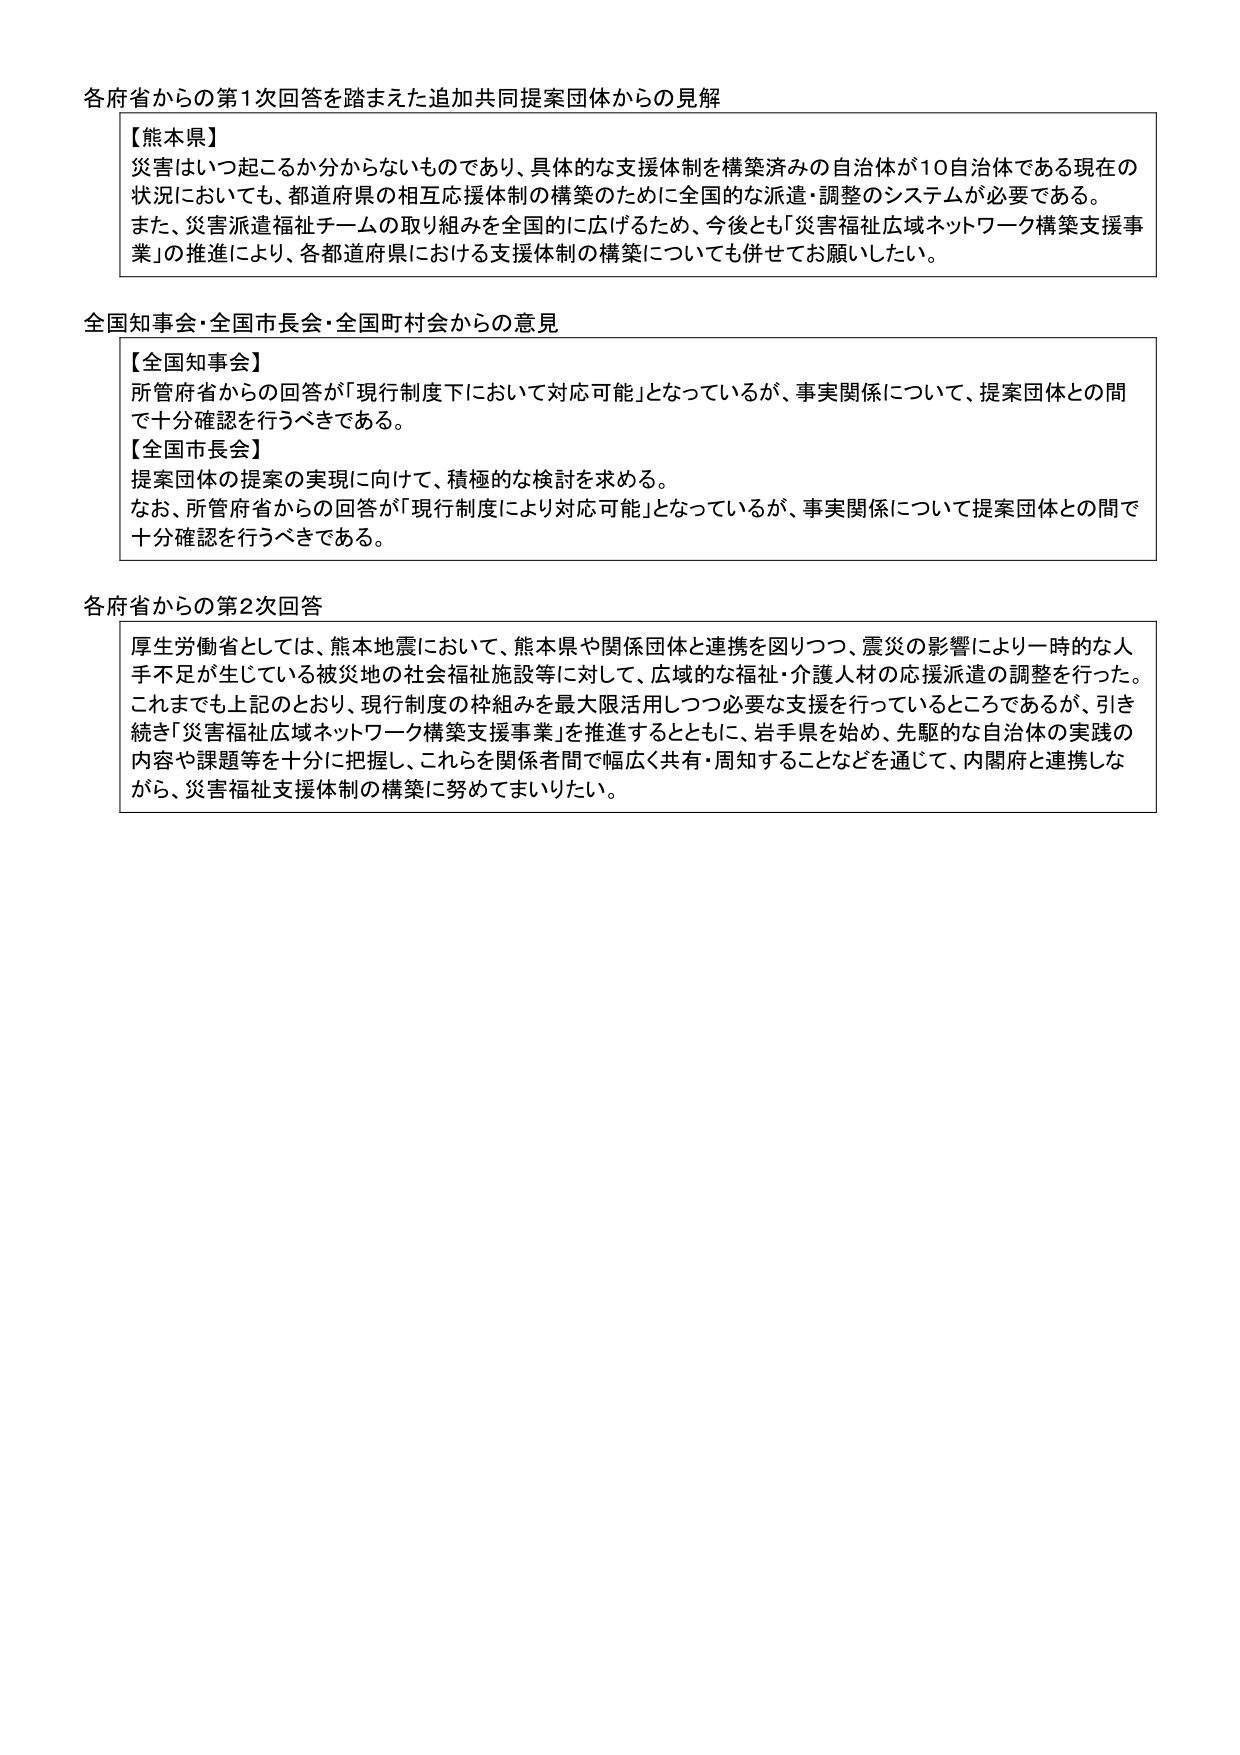
各府省からの第1次回答を踏まえた追加共同提案団体からの見解

【熊本県】
災害はいつ起こるか分からないものであり、具体的な支援体制を構築済みの自治体が10自治体である現在の状況においても、都道府県の相互応援体制の構築のために全国的な派遣・調整のシステムが必要である。
また、災害派遣福祉チームの取り組みを全国的に広げるため、今後とも「災害福祉広域ネットワーク構築支援事業」の推進により、各都道府県における支援体制の構築についても併せてお願いしたい。

全国知事会・全国市長会・全国町村会からの意見

【全国知事会】
所管府省からの回答が「現行制度下において対応可能」となっているが、事実関係について、提案団体との間で十分確認を行うべきである。
【全国市長会】
提案団体の提案の実現に向けて、積極的な検討を求める。
なお、所管府省からの回答が「現行制度により対応可能」となっているが、事実関係について提案団体との間で十分確認を行うべきである。

各府省からの第2次回答

厚生労働省としては、熊本地震において、熊本県や関係団体と連携を図りつつ、震災の影響により一時的な人手不足が生じている被災地の社会福祉施設等に対して、広域的な福祉・介護人材の応援派遣の調整を行った。
これまでも上記のとおり、現行制度の枠組みを最大限活用しつつ必要な支援を行っているところであるが、引き続き「災害福祉広域ネットワーク構築支援事業」を推進するとともに、岩手県を始め、先駆的な自治体の実践の内容や課題等を十分に把握し、これらを関係者間で幅広く共有・周知することなどを通じて、内閣府と連携しながら、災害福祉支援体制の構築に努めてまいりたい。